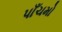
પાઁચમો